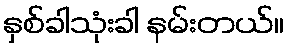
နှစ်ခါသုံးခါ နမ်းတယ်။